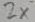
Text: 2x